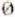
0